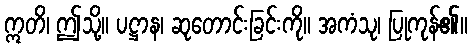
ဣတိ၊ ဤသို့။ ပဋ္ဌာန၊ ဆုတောင်းခြင်းကို။ အကံသု၊ ပြုကုန်၏။